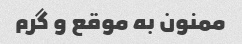
ممنون به موقع و گرم